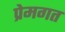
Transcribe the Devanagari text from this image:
प्रेमगत